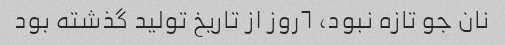
نان جو تازه نبود، ٦روز از تاریخ تولید گذشته بود